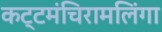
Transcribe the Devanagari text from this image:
कट्टमंचिरामलिंगा